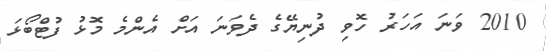
2010 ވަނަ އަހަރު ހޮވި ދުނިޔޭގެ ދެވަނަ އަށް އެންމެ މޮޅު ފުޓްބޯޅަ